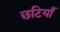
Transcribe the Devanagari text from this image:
छटियाँ